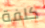
كلفة